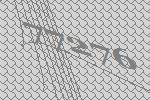
77276